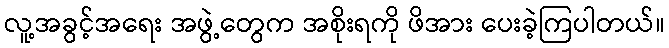
လူ့အခွင့်အရေး အဖွဲ့တွေက အစိုးရကို ဖိအား ပေးခဲ့ကြပါတယ်။